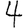
Digit: 4